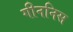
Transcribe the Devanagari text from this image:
गीननिस